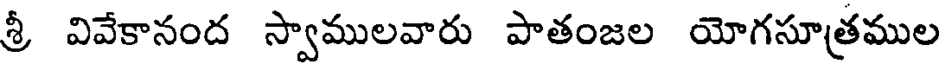
శ్రీ వివేకానంద స్వాములవారు పాతంజల యోగసూత్రముల